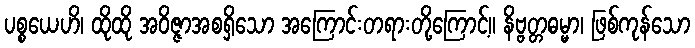
ပစ္စယေဟိ၊ ထိုထို အဝိဇ္ဇာအစရှိသော အကြောင်းတရားတို့ကြောင့်။ နိဗ္ဗတ္တဓမ္မာ၊ ဖြစ်ကုန်သော